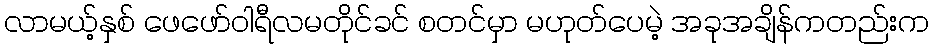
လာမယ့်နှစ် ဖေဖော်ဝါရီလမတိုင်ခင် စတင်မှာ မဟုတ်ပေမဲ့ အခုအချိန်ကတည်းက